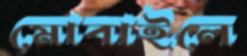
মোবাইলে